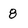
Character: 8